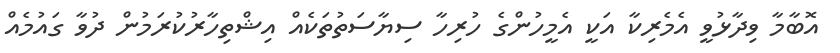
އޮބާމާ ވިދާޅުވީ އެމެރިކާ އަކީ އެމީހުންގެ ހުރިހާ ސިޔާސަތުތަކެއް އިޝްތިހާރުކުރަމުން ދުވާ ގައުމެއް